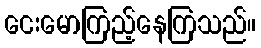
ငေးမောကြည့်နေကြသည်။